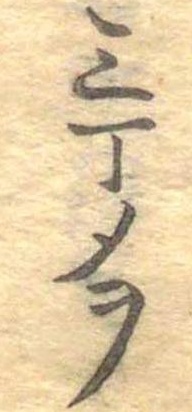
三丁メヲ